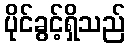
ပိုင်ခွင့်ရှိသည်